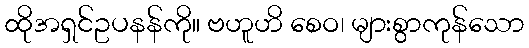
ထိုအရှင်ဥပနန်ကို။ ဗဟူဟိ စေဝ၊ များစွာကုန်သော